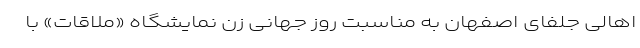
اهالیِ جلفای اصفهان به مناسبت روزِ جهانیِ‌ زن نمایشگاهِ «ملاقات» با